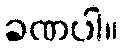
ခဏပါ။